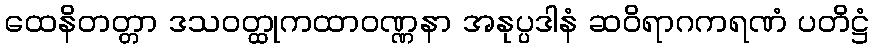
ထေနိတတ္တာ ဒသဝတ္ထုကထာဝဏ္ဏနာ အနုပ္ပဒါနံ ဆဝိရာဂကရဏံ ပတိဋ္ဌံ